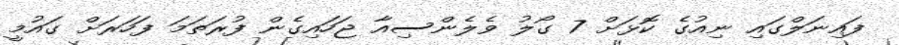
ފައިނަލްގައި ނިއުގެ ކޮޅަށް 7 ގޯލު ވެލެންސިއާ ޖަހައިގެން ފުރަތަމަ ފަހަރަށް ގައުމީ